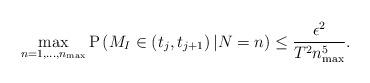
LaTeX: \begin{align*} \max_{n = 1,\ldots,n_{\mathrm{max}}} \mathrm P\left( M_I \in \left(t_j,t_{j+1}\right) | N=n \right) \leq \frac{\epsilon^2}{T^2 n_{\mathrm{max}}^5}.\end{align*}